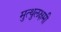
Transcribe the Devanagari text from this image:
मुत्थुलक्षमी